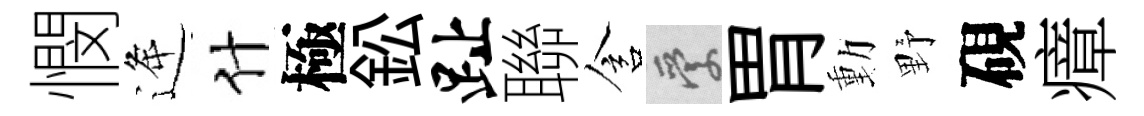
憫逄什極鈆趾聯含愛胃動野硯瘴